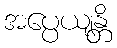
အပ္ပေယျန္တိ